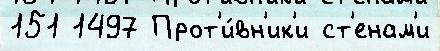
151 1497 Прот'и́вн'ик'и ст'енам'и